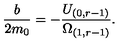
\frac { b } { 2 m _ { 0 } } = - \frac { U _ { ( 0 , r - 1 ) } } { \Omega _ { ( 1 , r - 1 ) } } .